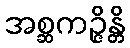
အစ္ဆကဉ္ဇိန္တိ